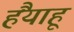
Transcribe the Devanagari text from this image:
हैंयाहू